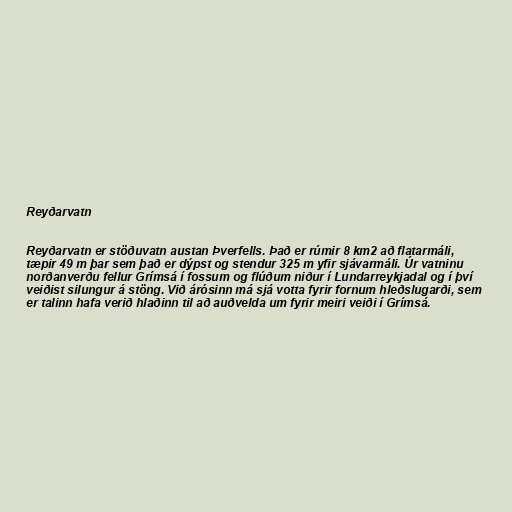
Reyðarvatn

Reyðarvatn er stöðuvatn austan Þverfells. Það er rúmir 8 km2 að flatarmáli,
tæpir 49 m þar sem það er dýpst og stendur 325 m yfir sjávarmáli. Úr vatninu
norðanverðu fellur Grímsá í fossum og flúðum niður í Lundarreykjadal og í því
veiðist silungur á stöng. Við árósinn má sjá votta fyrir fornum hleðslugarði, sem
er talinn hafa verið hlaðinn til að auðvelda um fyrir meiri veiði í Grímsá.